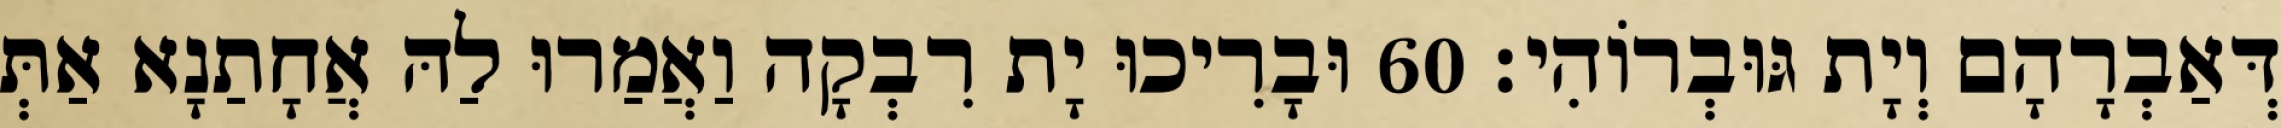
דְּאַבְרָהָם וְיָת גּוּבְרוֹהִי׃ 60 וּבָרִיכוּ יָת רִבְקָה וַאֲמַרוּ לַהּ אֲחָתַנָא אַתְּ